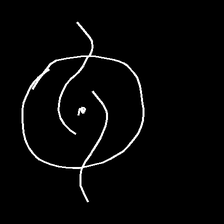
Glyph: repetition